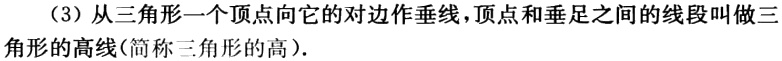
（3）从三角形一个顶点向它的对边作垂线，顶点和垂足之间的线段叫做三角形的高线(简称三角形的高)．